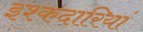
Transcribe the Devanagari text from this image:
इश्कदारियां